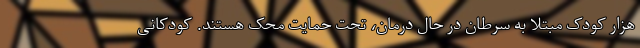
هزار کودک مبتلا به سرطان در حال درمان، تحت حمایت محک هستند. کودکانی